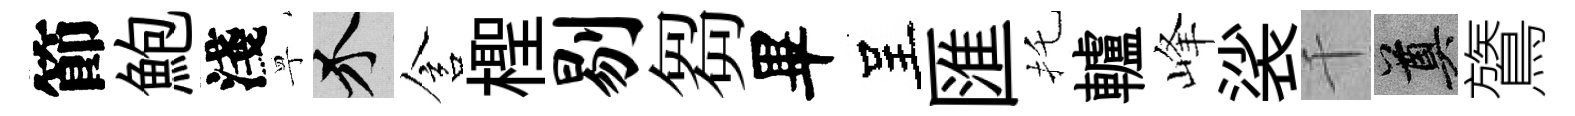
節鮑淺寧介含檉剔芻畢呈匯托轤峰裟千奠鷟